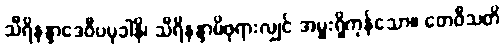
သီရိနန္ဒာဒေဝီပမုခါနိ၊ သီရိနန္ဒာမိဖုရားလျှင် အမှူးရှိကုန်သော။ တေဝီသတိ